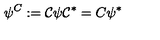
\psi ^ { C } : = \mathcal { C } \psi \mathcal { C } ^ { * } = C \psi ^ { * }